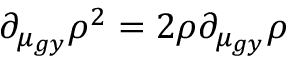
\partial _ { \mu _ { g y } } \rho ^ { 2 } = 2 \rho \partial _ { \mu _ { g y } } \rho